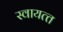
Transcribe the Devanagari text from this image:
स्‍वायत्‍त